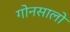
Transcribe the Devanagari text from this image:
गोनसालो